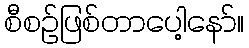
စီစဉ်ဖြစ်တာပေါ့နော်။